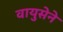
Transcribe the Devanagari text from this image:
वायुसेने